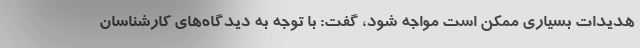
هدیدات بسیاری ممکن است مواجه شود، گفت: با توجه به دیدگاه‌های کارشناسان